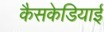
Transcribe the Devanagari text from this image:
कैसकेडियाई